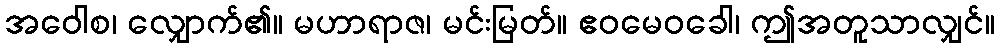
အဝေါစ၊ လျှောက်၏။ မဟာရာဇ၊ မင်းမြတ်။ ဧဝမေဝခေါ၊ ဤအတူသာလျှင်။